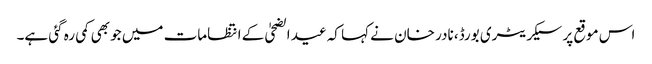
اس موقع پر سیکریٹری بورڈ، نادر خان نے کہا کہ عید الضحیٰ کے انتظامات میں جو بھی کمی رہ گئی ہے۔